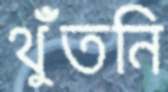
থুঁতনি